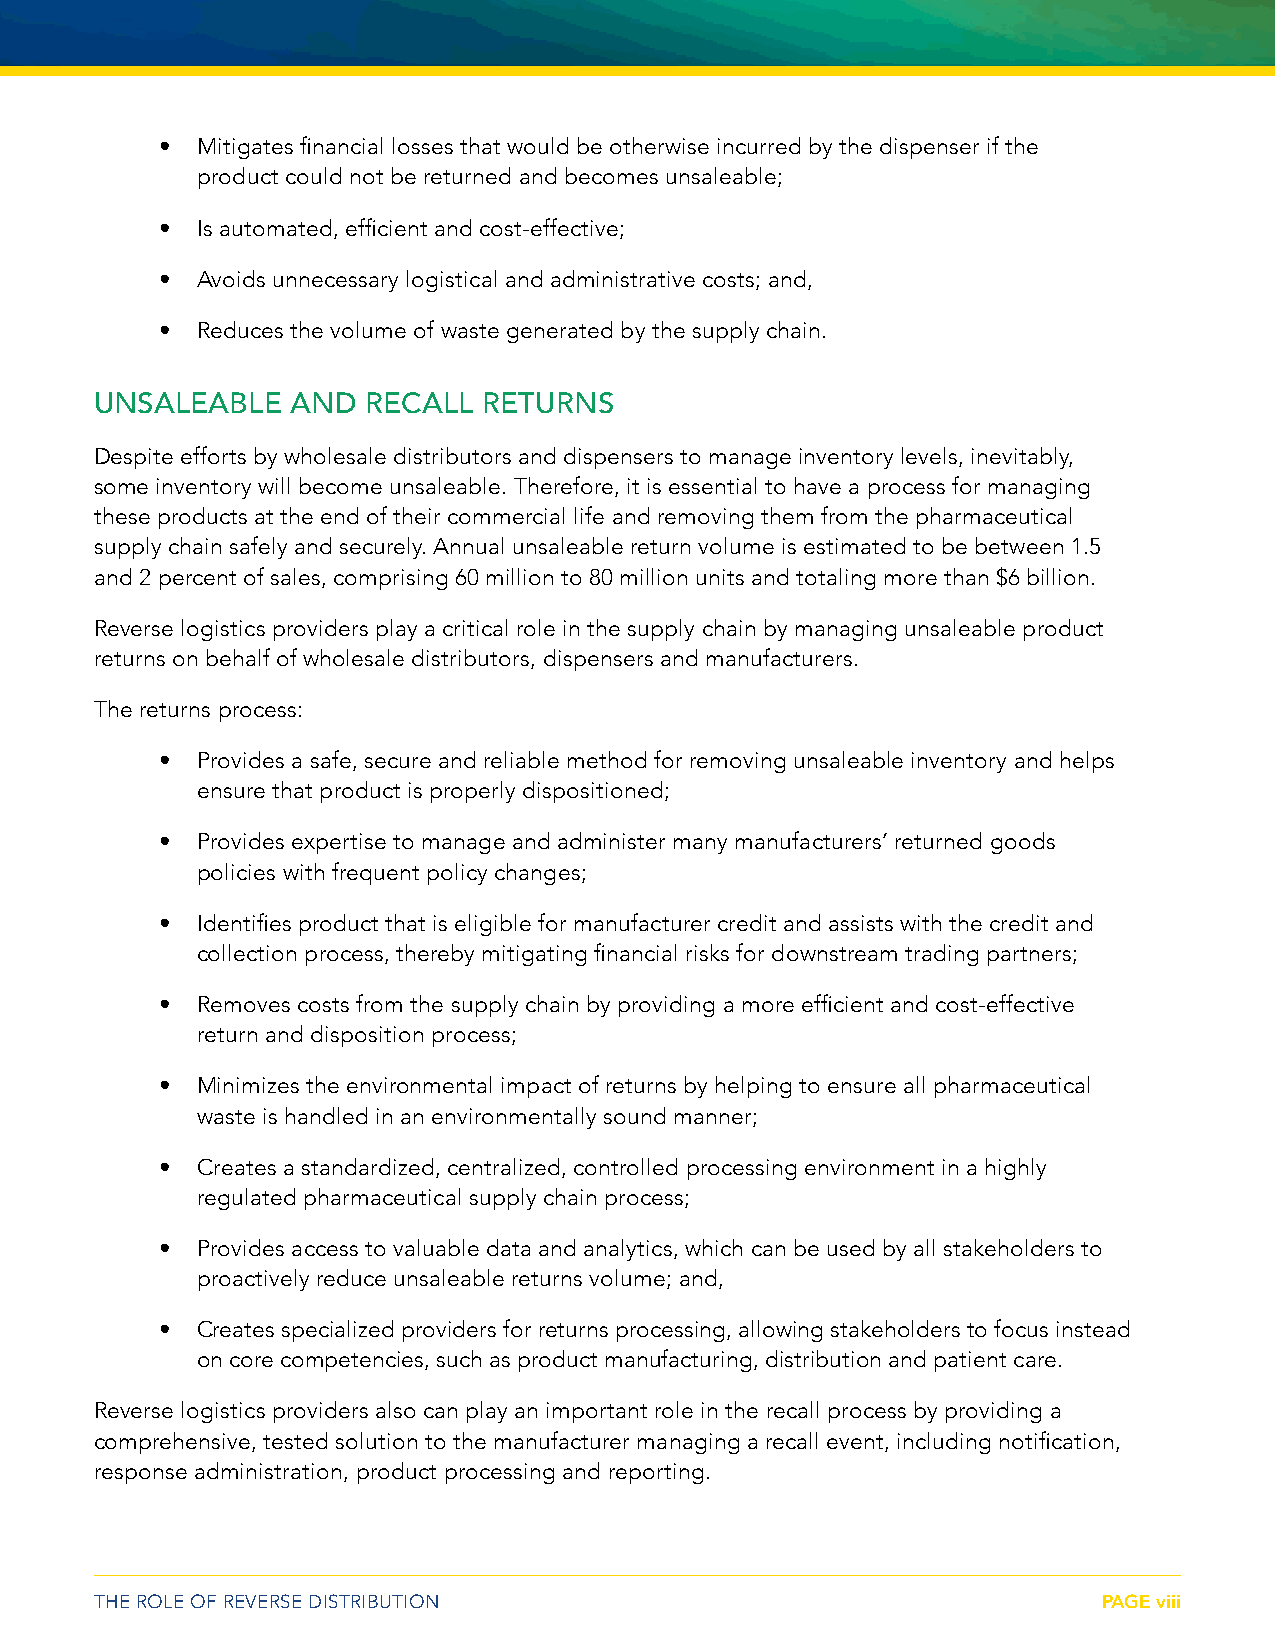
• Mitigates financial losses that would be otherwise incurred by the dispenser if the
 product could not be returned and becomes unsaleable;
 • Is automated, efficient and cost-effective;
 • Avoids unnecessary logistical and administrative costs; and,
 • Reduces the volume of waste generated by the supply chain.
 UNSALEABLE   AND  RECALL  RETURNS
 Despite efforts by wholesale distributors and dispensers to manage inventory levels, inevitably,
 some inventory will become unsaleable. Therefore, it is essential to have a process for managing
 these products at the end of their commercial life and removing them from the pharmaceutical
 supply chain safely and securely. Annual unsaleable return volume is estimated to be between 1.5
 and 2 percent of sales, comprising 60 million to 80 million units and totaling more than $6 billion.
 Reverse logistics providers play a critical role in the supply chain by managing unsaleable product
 returns on behalf of wholesale distributors, dispensers and manufacturers.
 The returns process:
 • Provides a safe, secure and reliable method for removing unsaleable inventory and helps
 ensure that product is properly dispositioned;
 • Provides expertise to manage and administer many manufacturers’ returned goods
 policies with frequent policy changes;
 • Identifies product that is eligible for manufacturer credit and assists with the credit and
 collection process, thereby mitigating financial risks for downstream trading partners;
 • Removes costs from the supply chain by providing a more efficient and cost-effective
 return and disposition process;
 • Minimizes the environmental impact of returns by helping to ensure all pharmaceutical
 waste is handled in an environmentally sound manner;
 • Creates a standardized, centralized, controlled processing environment in a highly
 regulated pharmaceutical supply chain process;
 • Provides access to valuable data and analytics, which can be used by all stakeholders to
 proactively reduce unsaleable returns volume; and,
 • Creates specialized providers for returns processing, allowing stakeholders to focus instead
 on core competencies, such as product manufacturing, distribution and patient care.
 Reverse logistics providers also can play an important role in the recall process by providing a
 comprehensive, tested solution to the manufacturer managing a recall event, including notification,
 response administration, product processing and reporting.
 THE ROLE OF REVERSE DISTRIBUTION                                   PAGE viii